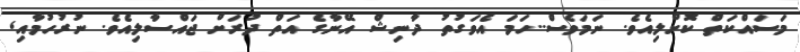
މަސައްކަތްް ކޮށްލިއެވެ. ނަމަވެސް..ހަމަ އެވަގުތު ދާނިޝް އޭނާގެ އަތް ދުރަށް ޖައްސާލިިއެވެ. ނުރުހުމާއި